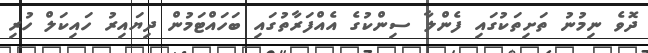
ދޮވެ ނިމުނު ތަށިތަކުގައި ފެންލާ ސިންކުގެ އެއްފަރާތުގައި ބަހައްޓަމުން ދިޔައިރު ހައިކަލް ހުރި